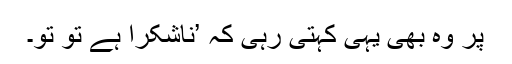
پر وہ بھی یہی کہتی رہی کہ ’ناشکرا ہے تُو تو۔